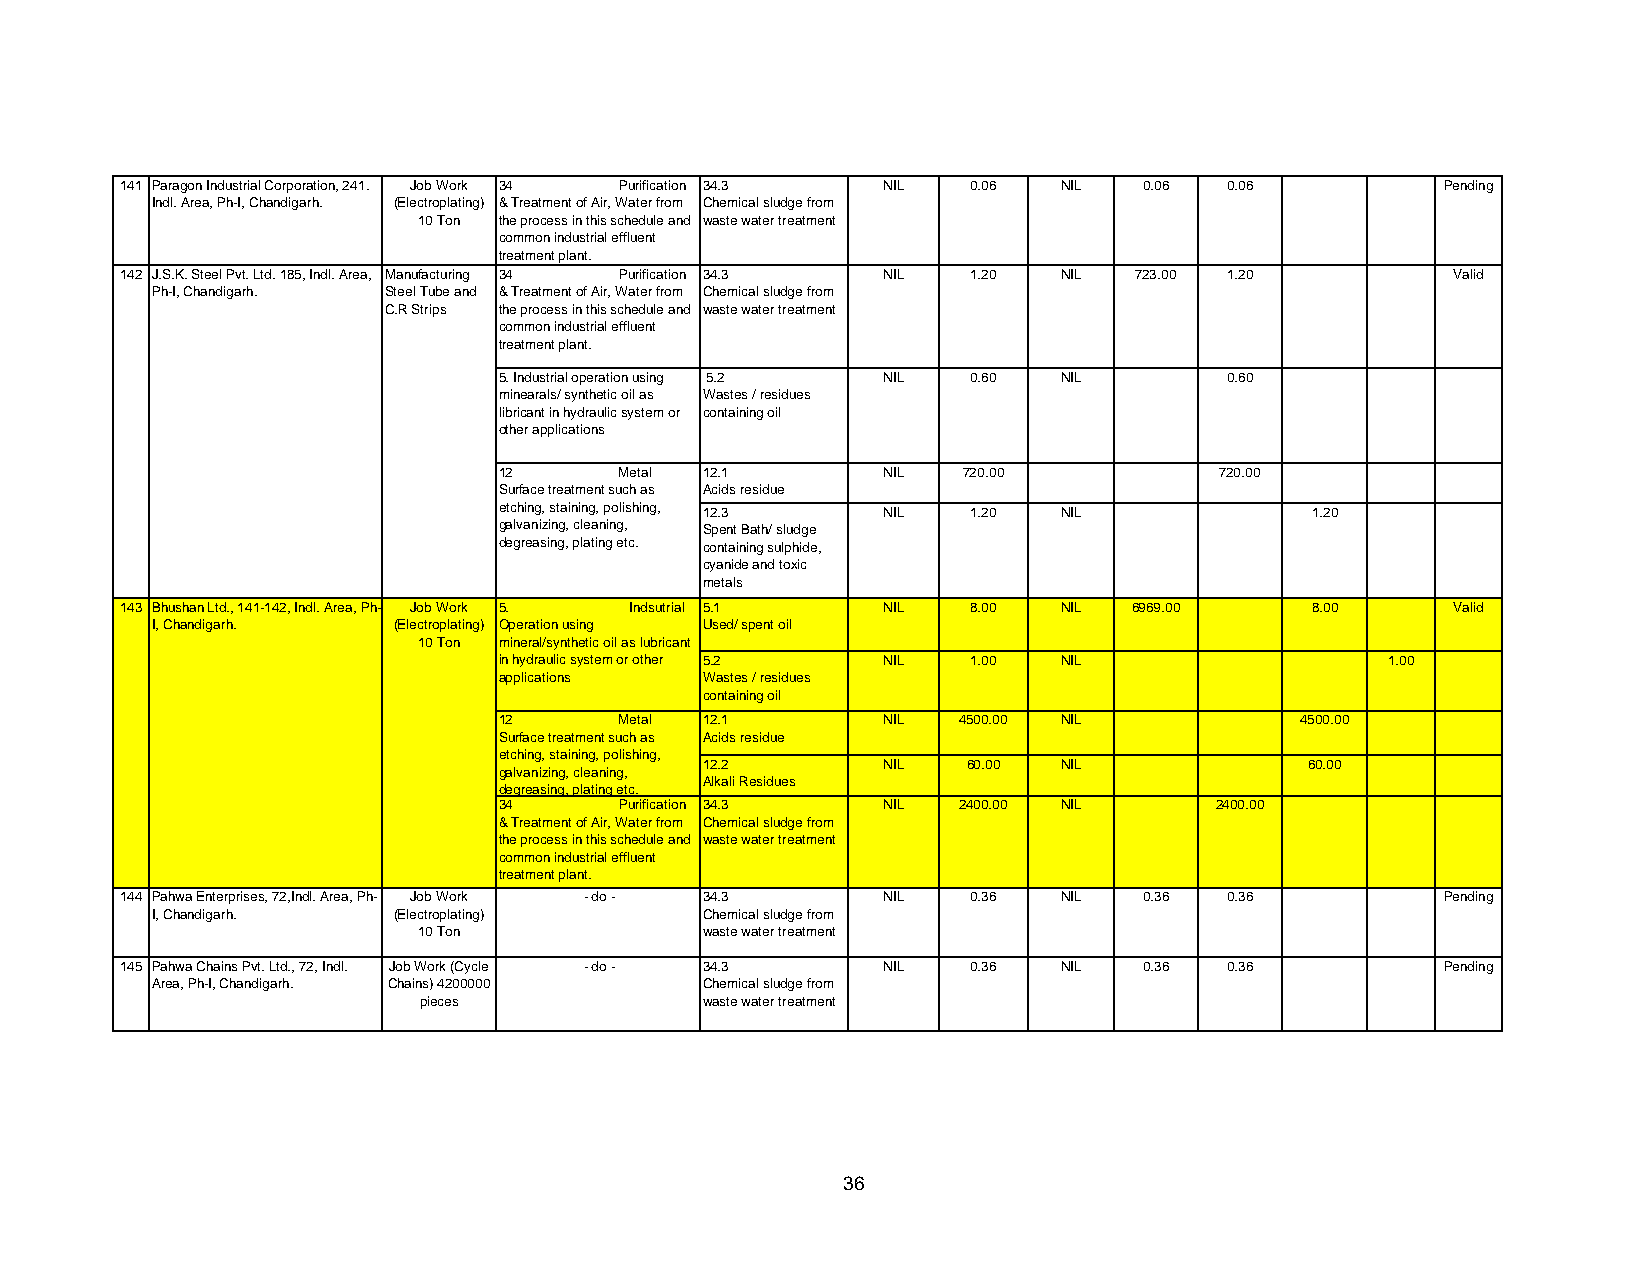
141 Paragon Industrial Corporation, 241. Job Work 34 Purification 34.3 NIL 0.06 NIL 0.06 0.06 Pending
 Indl. Area, Ph-I, Chandigarh. (Electroplating) & Treatment of Air, Water from Chemical sludge from
 10 Ton the process in this schedule and waste water treatment
 common industrial effluent
 treatment plant.
 142 J.S.K. Steel Pvt. Ltd. 185, Indl. Area, Manufacturing 34 Purification 34.3 NIL 1.20 NIL 723.00 1.20 Valid
 Ph-I, Chandigarh. Steel Tube and & Treatment of Air, Water from Chemical sludge from
 C.R Strips the process in this schedule and waste water treatment
 common industrial effluent
 treatment plant.
 5. Industrial operation using 5.2 NIL 0.60 NIL  0.60
 minearals/ synthetic oil as Wastes / residues
 libricant in hydraulic system or containing oil
 other applications
 12      Metal 12.1       NIL   720.00           720.00
 Surface treatment such as Acids residue
 etching, staining, polishing, 12.3 NIL 1.20 NIL       1.20
 galvanizing, cleaning, Spent Bath/ sludge
 degreasing, plating etc. containing sulphide,
 cyanide and toxic
 metals
 143 Bhushan Ltd., 141-142, Indl. Area, Ph- Job Work 5. Indsutrial 5.1 NIL 8.00 NIL 6969.00 8.00 Valid
 I, Chandigarh.  (Electroplating) Operation using Used/ spent oil
 10 Ton mineral/synthetic oil as lubricant
 in hydraulic system or other 5.2 NIL 1.00 NIL              1.00
 applications  Wastes / residues
 containing oil
 12      Metal 12.1       NIL  4500.00 NIL            4500.00
 Surface treatment such as Acids residue
 etching, staining, polishing,
 12.2       NIL   60.00 NIL              60.00
 galvanizing, cleaning,
 Alkali Residues
 degreasing, plating etc.
 34      Purification 34.3 NIL 2400.00 NIL      2400.00
 & Treatment of Air, Water from Chemical sludge from
 the process in this schedule and waste water treatment
 common industrial effluent
 treatment plant.
 144 Pahwa Enterprises, 72,Indl. Area, Ph- Job Work - do - 34.3 NIL 0.36 NIL 0.36 0.36   Pending
 I, Chandigarh.  (Electroplating)     Chemical sludge from
 10 Ton             waste water treatment
 145 Pahwa Chains Pvt. Ltd., 72, Indl. Job Work (Cycle - do - 34.3 NIL 0.36 NIL 0.36 0.36 Pending
 Area, Ph-I, Chandigarh. Chains) 4200000 Chemical sludge from
 pieces             waste water treatment
 36